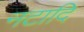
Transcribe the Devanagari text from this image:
नटादि